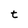
Character: t